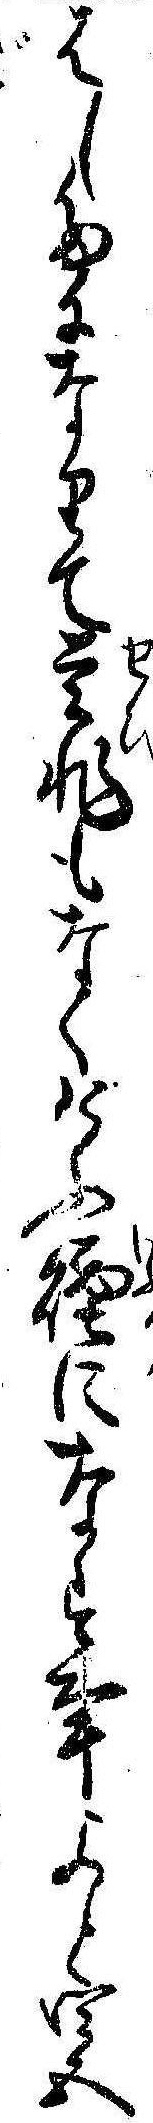
はしたになりて是非もなくけふ煙になす事よと四五